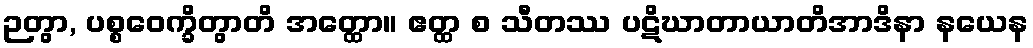
ဉတွာ, ပစ္စဝေက္ခိတွာတိ အတ္ထော။ ဧတ္ထ စ သီတဿ ပဋိဃာတာယာတိအာဒိနာ နယေန